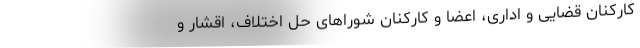
کارکنان قضایی و اداری، اعضا و کارکنان شوراهای حل اختلاف، اقشار و